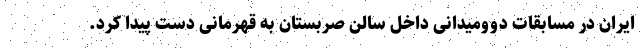
ایران در مسابقات دوومیدانی داخل سالن صربستان به قهرمانی دست پیدا کرد.